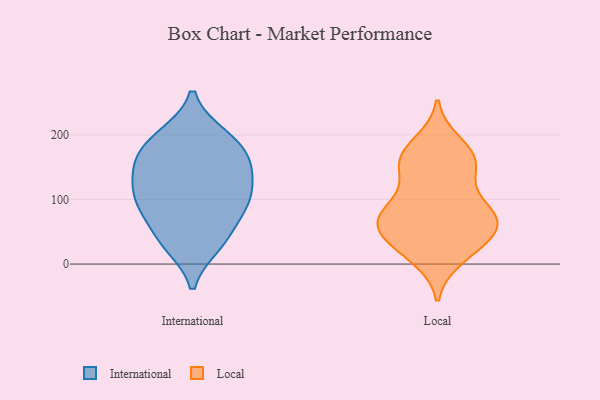
{"axis": {"x": "Bounce Rate (%)", "y": "Value"}, "legend": ["International", "Local"], "data": [{"x": "", "y": 87, "type": "International"}, {"x": "", "y": 144, "type": "International"}, {"x": "", "y": 155, "type": "International"}, {"x": "", "y": 121, "type": "International"}, {"x": "", "y": 103, "type": "International"}, {"x": "", "y": 199, "type": "International"}, {"x": "", "y": 115, "type": "International"}, {"x": "", "y": 162, "type": "International"}, {"x": "", "y": 34, "type": "International"}, {"x": "", "y": 85, "type": "International"}, {"x": "", "y": 88, "type": "International"}, {"x": "", "y": 186, "type": "International"}, {"x": "", "y": 161, "type": "International"}, {"x": "", "y": 30, "type": "International"}, {"x": "", "y": 40, "type": "International"}, {"x": "", "y": 199, "type": "International"}, {"x": "", "y": 70, "type": "Local"}, {"x": "", "y": 23, "type": "Local"}, {"x": "", "y": 85, "type": "Local"}, {"x": "", "y": 11, "type": "Local"}, {"x": "", "y": 69, "type": "Local"}, {"x": "", "y": 158, "type": "Local"}, {"x": "", "y": 28, "type": "Local"}, {"x": "", "y": 61, "type": "Local"}, {"x": "", "y": 164, "type": "Local"}, {"x": "", "y": 164, "type": "Local"}, {"x": "", "y": 77, "type": "Local"}, {"x": "", "y": 157, "type": "Local"}, {"x": "", "y": 48, "type": "Local"}, {"x": "", "y": 129, "type": "Local"}, {"x": "", "y": 55, "type": "Local"}, {"x": "", "y": 186, "type": "Local"}, {"x": "", "y": 85, "type": "Local"}]}